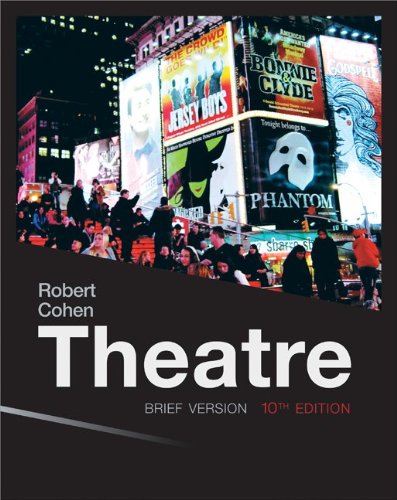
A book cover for Theatre: Brief Version, 10th Edition; Robert Cohen; Humor & Entertainment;